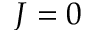
J = 0